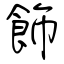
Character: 飾